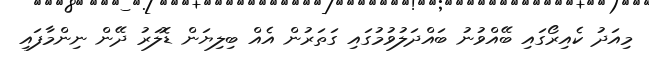
މިއަދު ކެެއިރޯގައި ބޭއްވުނު ބައްދަލުވުމުގައި ގަތަރުން އެއް ބިލިޔަން ޑޮލަރު ދޭން ނިންމާފައި